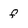
Character: f